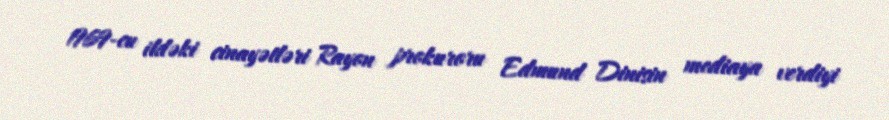
1969-cu ildəki cinayətləri Rayon prokuroru Edmund Dinisin mediaya verdiyi